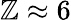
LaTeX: \mathbb{Z}\approx6